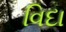
વિદા